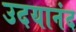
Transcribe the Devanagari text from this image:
उदयानंद